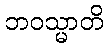
ဘဝသ္မာတိ